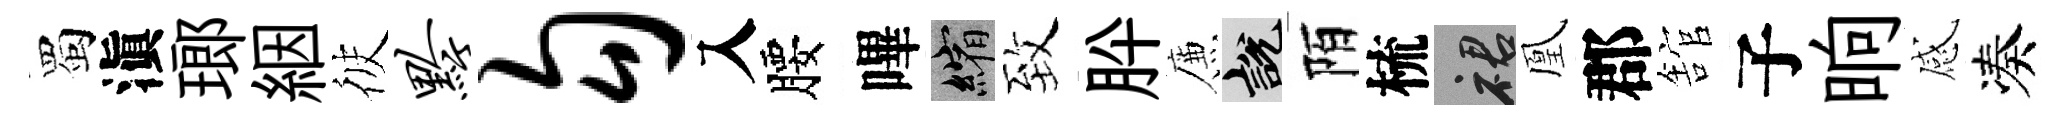
蜀滇瑯絪彼黔勾入腰嗶縮致肸簾説陌梳裙凰郡舘子晌感凑